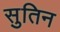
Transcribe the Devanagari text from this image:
सुतिन